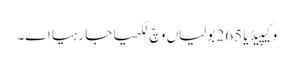
وکیپیڈیا 265 بولیاں وچ لکھیا جا رہیا اے۔